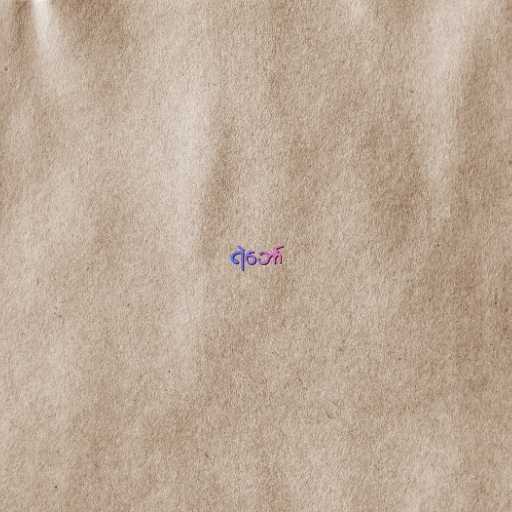
ရဲဘော်